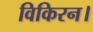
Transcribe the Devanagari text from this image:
विकिरन।